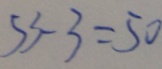
5 3 - 3 > 5 0